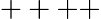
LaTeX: ++++